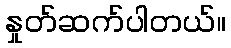
နှုတ်ဆက်ပါတယ်။